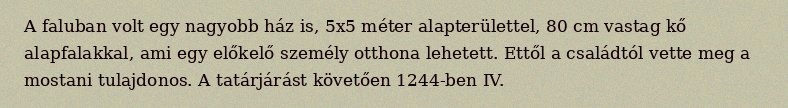
A faluban volt egy nagyobb ház is, 5x5 méter alapterülettel, 80 cm vastag kő alapfalakkal, ami egy előkelő személy otthona lehetett. Ettől a családtól vette meg a mostani tulajdonos. A tatárjárást követően 1244-ben IV.